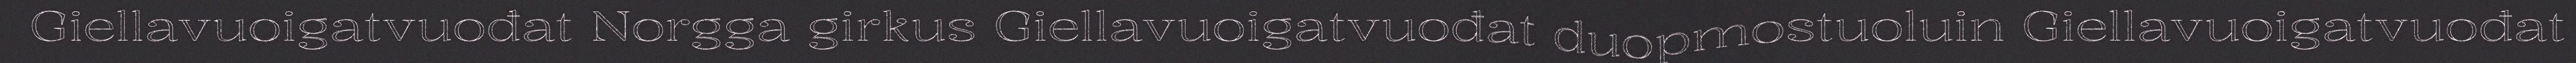
Giellavuoigatvuođat Norgga girkus Giellavuoigatvuođat duopmostuoluin Giellavuoigatvuođat